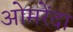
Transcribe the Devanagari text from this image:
ओमरेंदा